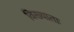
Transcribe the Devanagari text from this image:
विख्याताः